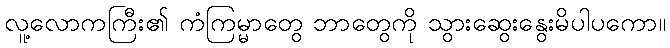
လူ့လောကကြီး၏ ကံကြမ္မာတွေ ဘာတွေကို သွားဆွေးနွေးမိပါပကော။